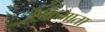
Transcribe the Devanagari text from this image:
शक्रमाता